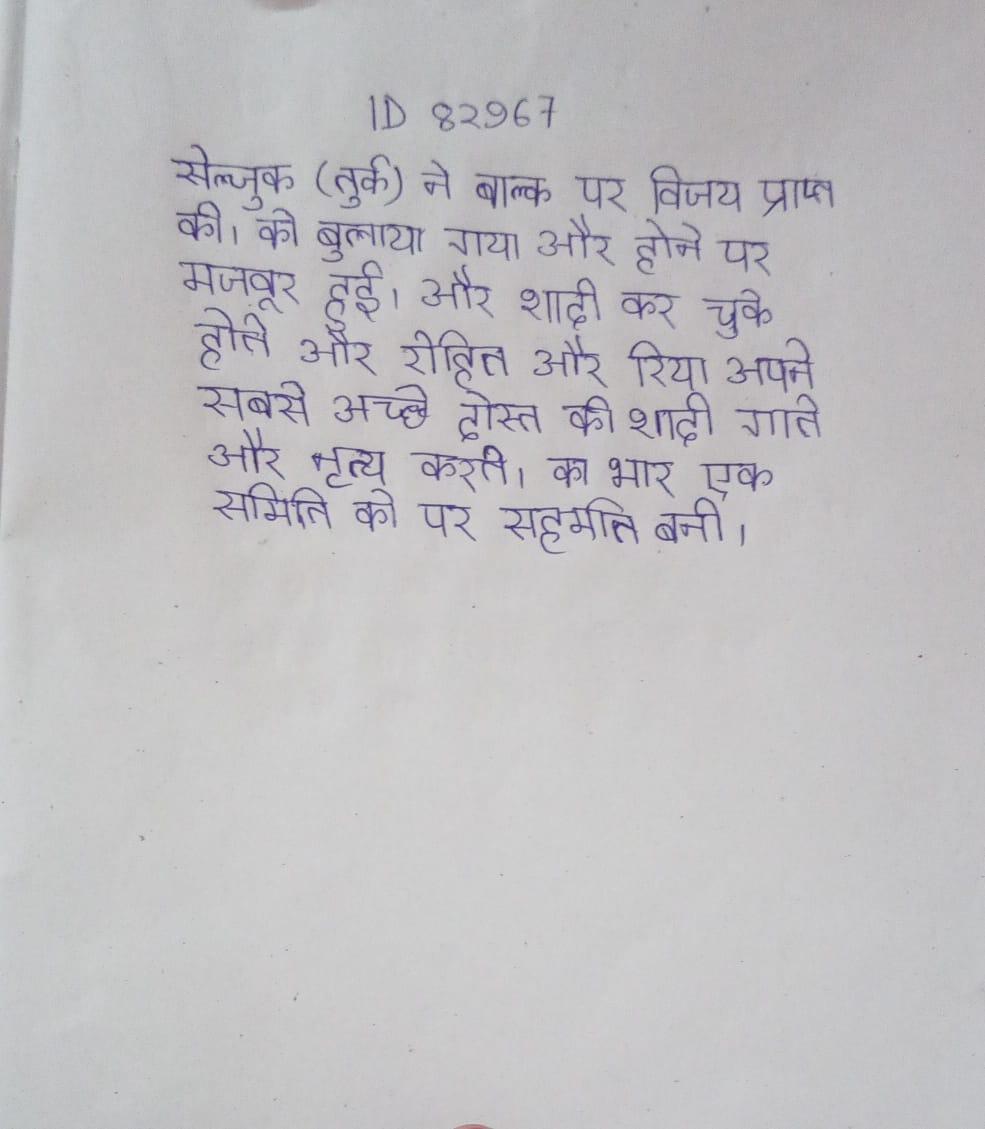
सेल्जुक (तुर्क) ने बाल्क पर विजय प्राप्त की । को बुलाया गया और होने पर मजबूर हुई । और शादी कर चुके होते और रोहित और रिया अपने सबसे अच्छे दोस्त की शादी गाते और नृत्य करते । का भार एक समिति को पर सहमति बनी ।